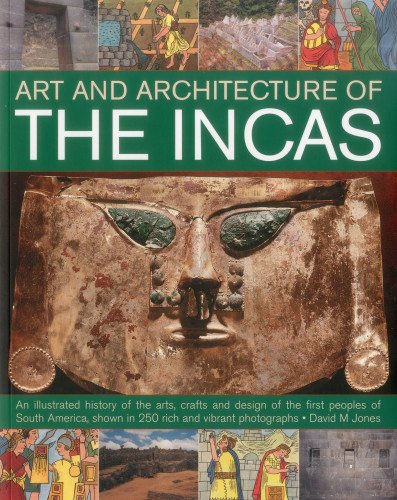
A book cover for The Art & Architecture of the Incas; David M Jones; History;